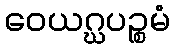
ဝေယဂ္ဃပဉ္စမံ